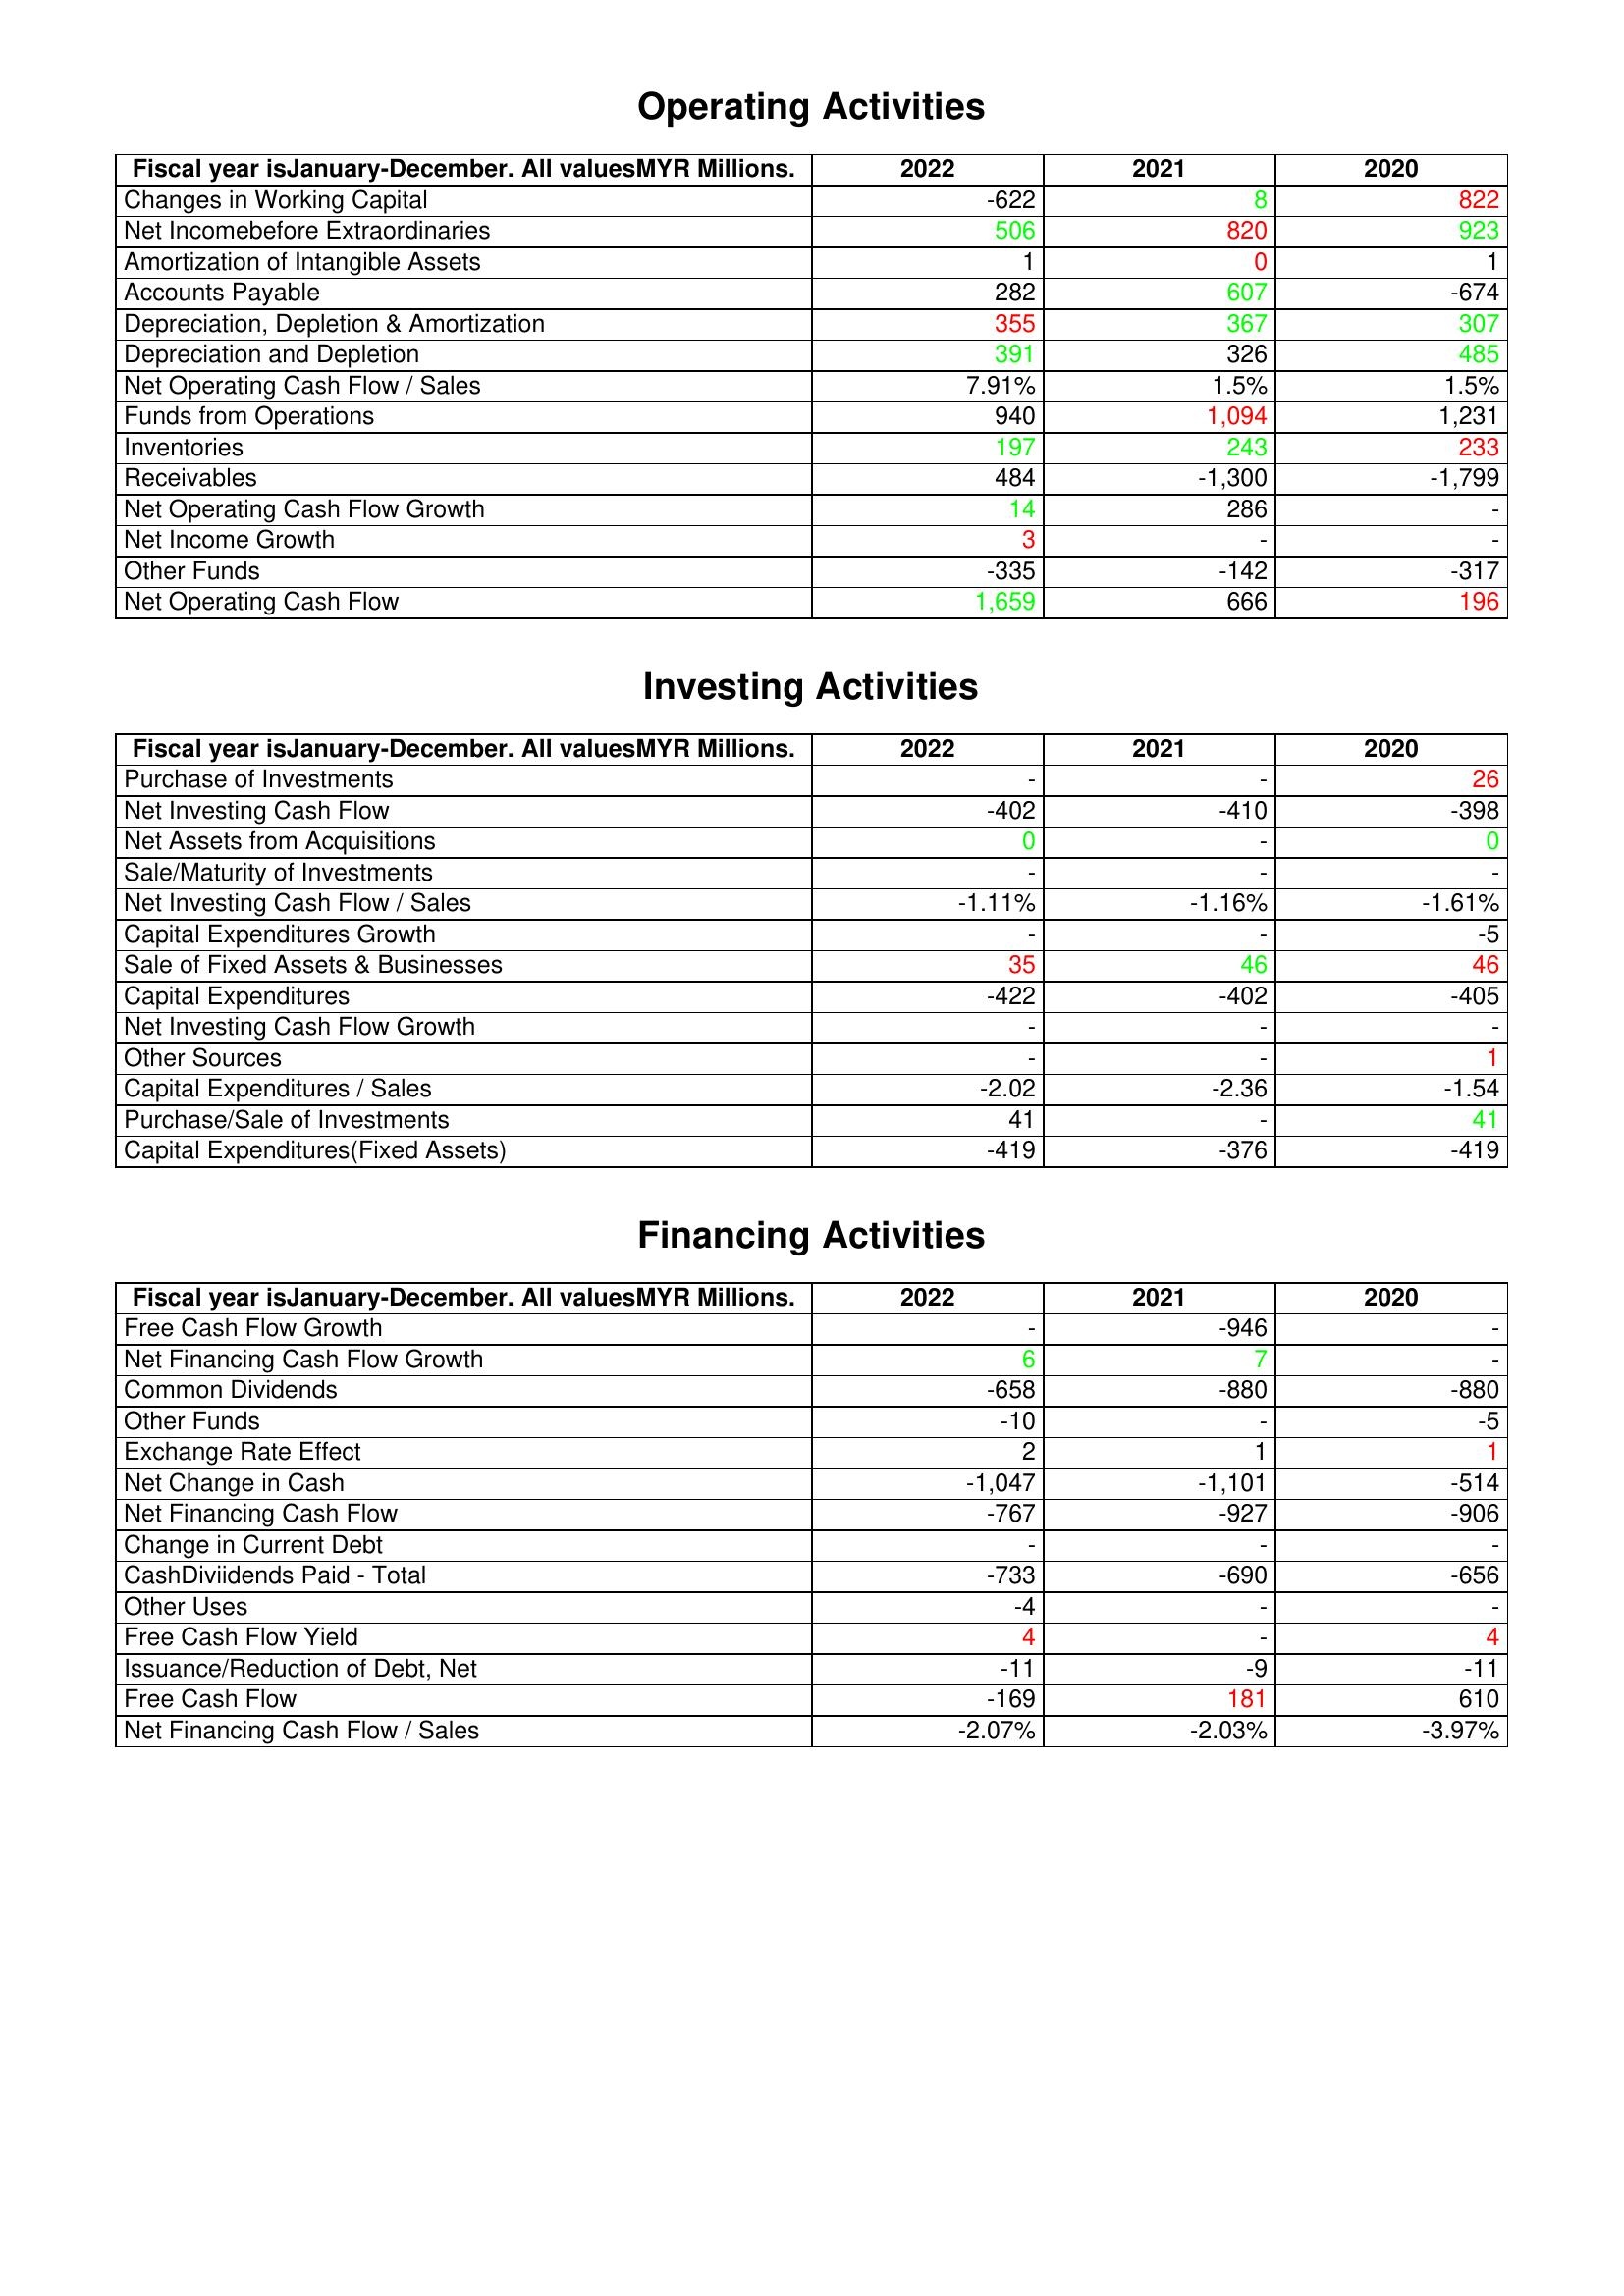
gt_parse: 2022: Operating Activities: Changes in Working Capital: -622
Net Incomebefore Extraordinaries: 506
Amortization of Intangible Assets: 1
Accounts Payable: 282
Depreciation, Depletion & Amortization: 355
Depreciation and Depletion: 391
Net Operating Cash Flow / Sales: 7.91%
Funds from Operations: 940
Inventories: 197
Receivables: 484
Net Operating Cash Flow Growth: 14
Net Income Growth: 3
Other Funds: -335
Net Operating Cash Flow: 1,659
Investing Activities: Purchase of Investments: -
Net Investing Cash Flow: -402
Net Assets from Acquisitions: 0
Sale/Maturity of Investments: -
Net Investing Cash Flow / Sales: -1.11%
Capital Expenditures Growth: -
Sale of Fixed Assets & Businesses: 35
Capital Expenditures: -422
Net Investing Cash Flow Growth: -
Other Sources: -
Capital Expenditures / Sales: -2.02
Purchase/Sale of Investments: 41
Capital Expenditures(Fixed Assets): -419
Financing Activities: Free Cash Flow Growth: -
Net Financing Cash Flow Growth: 6
Common Dividends: -658
Other Funds: -10
Exchange Rate Effect: 2
Net Change in Cash: -1,047
Net Financing Cash Flow: -767
Change in Current Debt: -
CashDiviidends Paid - Total: -733
Other Uses: -4
Free Cash Flow Yield: 4
Issuance/Reduction of Debt, Net: -11
Free Cash Flow: -169
Net Financing Cash Flow / Sales: -2.07%
2021: Operating Activities: Changes in Working Capital: 8
Net Incomebefore Extraordinaries: 820
Amortization of Intangible Assets: 0
Accounts Payable: 607
Depreciation, Depletion & Amortization: 367
Depreciation and Depletion: 326
Net Operating Cash Flow / Sales: 1.5%
Funds from Operations: 1,094
Inventories: 243
Receivables: -1,300
Net Operating Cash Flow Growth: 286
Net Income Growth: -
Other Funds: -142
Net Operating Cash Flow: 666
Investing Activities: Purchase of Investments: -
Net Investing Cash Flow: -410
Net Assets from Acquisitions: -
Sale/Maturity of Investments: -
Net Investing Cash Flow / Sales: -1.16%
Capital Expenditures Growth: -
Sale of Fixed Assets & Businesses: 46
Capital Expenditures: -402
Net Investing Cash Flow Growth: -
Other Sources: -
Capital Expenditures / Sales: -2.36
Purchase/Sale of Investments: -
Capital Expenditures(Fixed Assets): -376
Financing Activities: Free Cash Flow Growth: -946
Net Financing Cash Flow Growth: 7
Common Dividends: -880
Other Funds: -
Exchange Rate Effect: 1
Net Change in Cash: -1,101
Net Financing Cash Flow: -927
Change in Current Debt: -
CashDiviidends Paid - Total: -690
Other Uses: -
Free Cash Flow Yield: -
Issuance/Reduction of Debt, Net: -9
Free Cash Flow: 181
Net Financing Cash Flow / Sales: -2.03%
2020: Operating Activities: Changes in Working Capital: 822
Net Incomebefore Extraordinaries: 923
Amortization of Intangible Assets: 1
Accounts Payable: -674
Depreciation, Depletion & Amortization: 307
Depreciation and Depletion: 485
Net Operating Cash Flow / Sales: 1.5%
Funds from Operations: 1,231
Inventories: 233
Receivables: -1,799
Net Operating Cash Flow Growth: -
Net Income Growth: -
Other Funds: -317
Net Operating Cash Flow: 196
Investing Activities: Purchase of Investments: 26
Net Investing Cash Flow: -398
Net Assets from Acquisitions: 0
Sale/Maturity of Investments: -
Net Investing Cash Flow / Sales: -1.61%
Capital Expenditures Growth: -5
Sale of Fixed Assets & Businesses: 46
Capital Expenditures: -405
Net Investing Cash Flow Growth: -
Other Sources: 1
Capital Expenditures / Sales: -1.54
Purchase/Sale of Investments: 41
Capital Expenditures(Fixed Assets): -419
Financing Activities: Free Cash Flow Growth: -
Net Financing Cash Flow Growth: -
Common Dividends: -880
Other Funds: -5
Exchange Rate Effect: 1
Net Change in Cash: -514
Net Financing Cash Flow: -906
Change in Current Debt: -
CashDiviidends Paid - Total: -656
Other Uses: -
Free Cash Flow Yield: 4
Issuance/Reduction of Debt, Net: -11
Free Cash Flow: 610
Net Financing Cash Flow / Sales: -3.97%